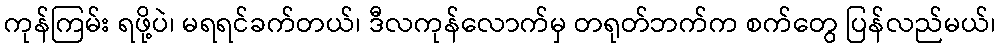
ကုန်ကြမ်း ရဖို့ပဲ၊ မရရင်ခက်တယ်၊ ဒီလကုန်လောက်မှ တရုတ်ဘက်က စက်တွေ ပြန်လည်မယ်၊